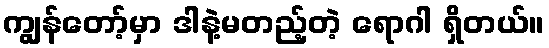
ကျွန်တော့်မှာ ဒါနဲ့မတည့်တဲ့ ရောဂါ ရှိတယ်။